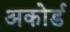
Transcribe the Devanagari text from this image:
अकोर्ड